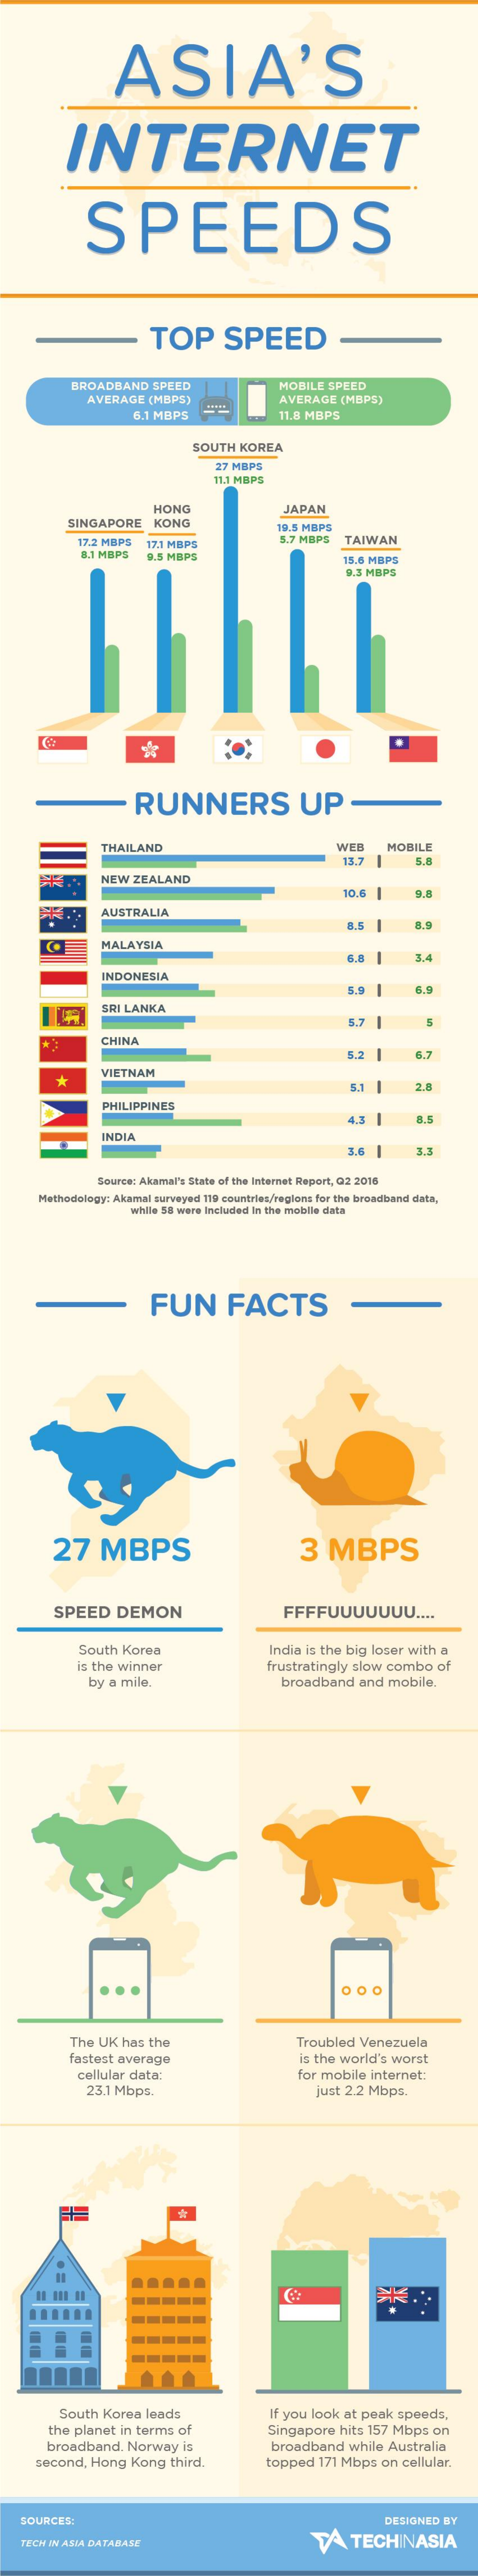
ASIA'S
     INTERNET
     SPEEDS
     TOP    SPEED
     BROADBAND    SPEED    MOBILE  SPEED
     AVERAGE  (MBPS)    AVERAGE   (MBPS)
     6.1 MBPS    11.8 MBPS
     SOUTH  KOREA
     27 MBPS
     11.1 MBPS
     HONG    JAPAN
     SINGAPORE    KONG    19.5 MBPS
     17.2 MBPS  17.1 MBPS    5.7 MBPS   TAIWAN
     B.1 MBPS  9.5 MBPS    15,6 MBPS
     9.3 MBPS
     RUNNERS    UP
     THAILAND    WEB    MOBILE
     13.7
     NEW  ZEALAND
     10.6.
     AUSTRALIA
     MALAYSIA
     6.8
     INDONESIA
     5.9
     SRI LANKA
     5.7 |
     CHINA
     5.2
     VIETNAM
     5.1
     PHILIPPINES
     4.3 |
     INDIA
     3.6    3.
     Source: Akamal's State of the Internet Report, Q2 2016
     Methodology: Akamal surveyed 119 countries/regions for the broadband data,
     while 58 were Included In the mobile data
     FUN    FACTS
     27    MBPS    3  MBPS
     SPEED    DEMON    FFFFUUUUUUU    ....
     South  Korea    India is the big loser with a
     is the winner    frustratingly slow combo    of
     by a mile.    broadband    and mobile.
     The UK  has the    Troubled  Venezuela
     fastest average    is the world's worst
     cellular data:    for mobile  internet:
     23.1 Mbps.    just 2.2 Mbps.
     .....
     -----
     South  Korea  leads    If you look at peak  speeds,
     the planet  in terms of    Singapore  hits 157 Mbps   on
     broadband.   Norway   is    broadband   while  Australia
     second,  Hong  Kong   third.    topped  171 Mbps  on  cellular.
    SOURCES:    DESIGNED  BY
    TECH IN ASIA DATABASE    TA    TECHINASIA